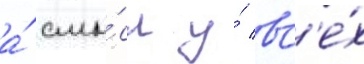
а́ смы́сл у́ вс'е́х